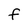
Character: F